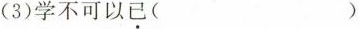
(3)学不可以已( )